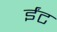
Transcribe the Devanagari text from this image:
र्इंट